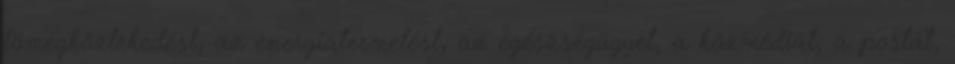
tömegközlekedést, az energiatermelést, az egészségügyet, a közmédiát, a postát,